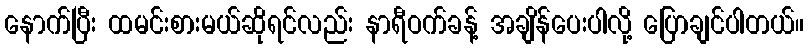
နောက်ပြီး ထမင်းစားမယ်ဆိုရင်လည်း နာရီဝက်ခန့် အချိန်ပေးပါလို့ ပြောချင်ပါတယ်။